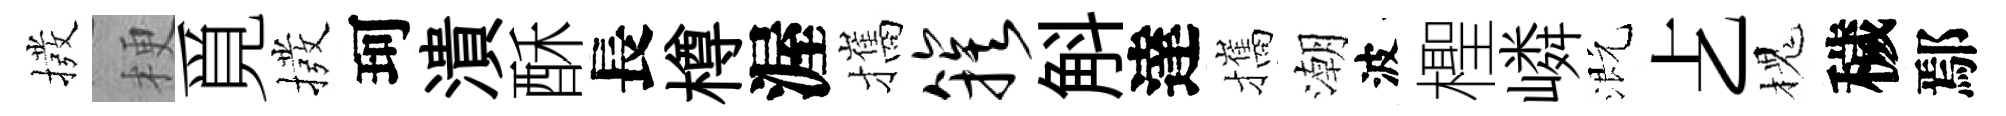
撥梗覓撥珂潰酥長樽渥攜簇斛達攜潮波檉嶙溉𠧒槐穢鄢